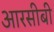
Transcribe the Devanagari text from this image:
आरसीबी